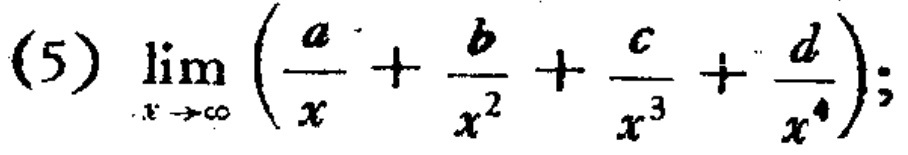
\(\lim_{x \to \infty} \left(\frac{a}{x}+\frac{b}{x^{2}}+\frac{c}{x^{3}}+\frac{d}{x^{4}}\right);\)